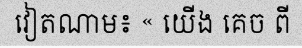
វៀតណាម៖ « យើង គេច ពី